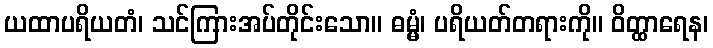
ယထာပရိယတံ၊ သင်ကြားအပ်တိုင်းသော။ ဓမ္မံ၊ ပရိယတ်တရားကို။ ဝိတ္ထာရေန၊